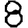
Digit: 8